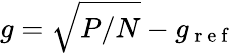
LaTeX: g=\sqrt{P/N}-g_{\mathrm{~r~e~f~}}